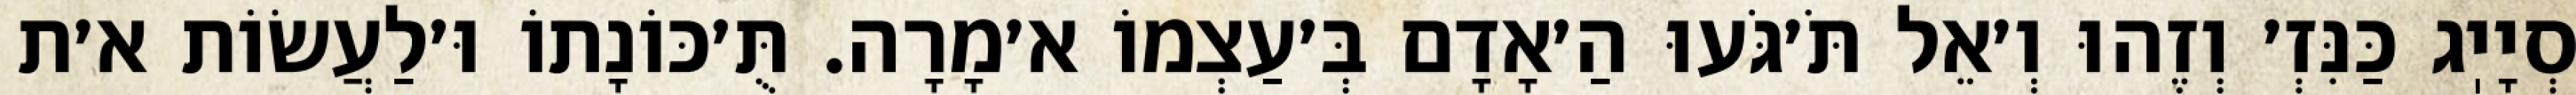
סְיָיֽג כַּנִּזְ׳ וְזֶהוּ וְ׳אֵל תֹּ׳גֹּעוּ הַ׳אָדָם בְּ׳עַצְמוֹ א׳מָרָה. תֻּ׳כּוֹנָתוֹ וּ׳לַעֲשׂוֹת א׳ת